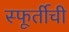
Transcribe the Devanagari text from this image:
स्फूर्तीची